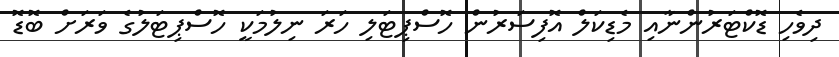
ދިވެހި ޑޮކްޓަރުންނާއި މެޑިކަލް އޮފިސަރުން ހޮސްޕިޓަލި ހަރަ ނިލުމަކީ ހޮސްޕިޓަލުގެ ވަރަށް ބޮޑޮ